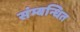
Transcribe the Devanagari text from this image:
संम्बन्धित